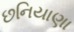
છનિયાણા